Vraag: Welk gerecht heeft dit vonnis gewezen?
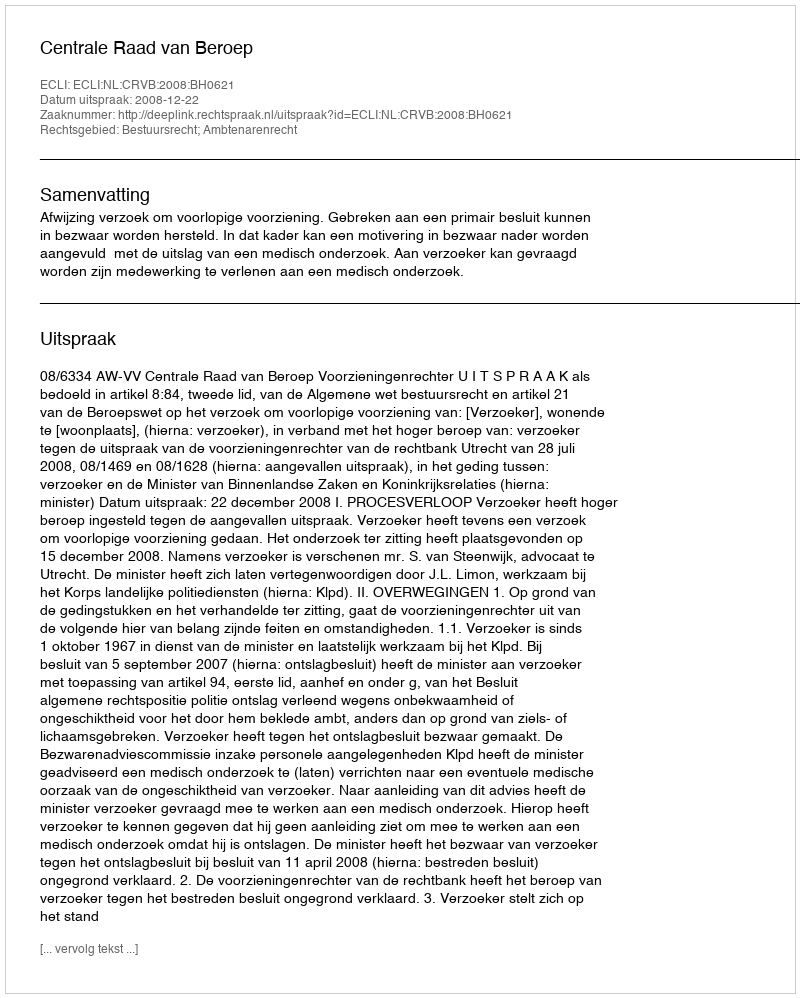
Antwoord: Centrale Raad van Beroep